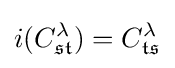
i(C_{\mathfrak {st}}^{\lambda })=C_{\mathfrak {ts}}^{\lambda }